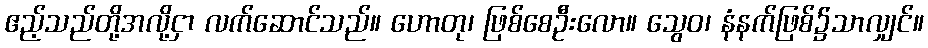
ဧည့်သည်တို့အလို့ငှာ လက်ဆောင်သည်။ ဟောတု၊ ဖြစ်စေဦးလော။ သွေဝ၊ နံနက်ဖြစ်၌သာလျှင်။